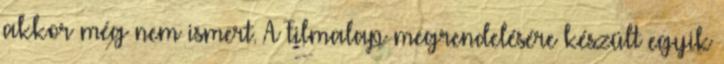
akkor még nem ismert. A Filmalap megrendelésére készült egyik